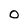
Character: O